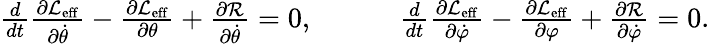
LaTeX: \begin{array}{r}{\frac{d}{dt}\frac{\partial\mathcal{L}_{\mathrm{eff}}}{\partial\dot{\theta}}-\frac{\partial\mathcal{L}_{\mathrm{eff}}}{\partial\theta}+\frac{\partial\mathcal{R}}{\partial\dot{\theta}}=0,\quad\quad\quad\frac{d}{dt}\frac{\partial\mathcal{L}_{\mathrm{eff}}}{\partial\dot{\varphi}}-\frac{\partial\mathcal{L}_{\mathrm{eff}}}{\partial\varphi}+\frac{\partial\mathcal{R}}{\partial\dot{\varphi}}=0.}\end{array}